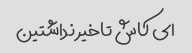
ای کاش تاخیر نداشتین